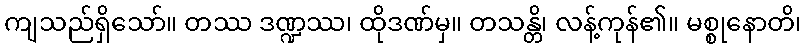
ကျသည်ရှိသော်။ တဿ ဒဏ္ဍဿ၊ ထိုဒဏ်မှ။ တသန္တိ၊ လန့်ကုန်၏။ မစ္စုနောတိ၊